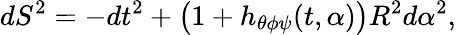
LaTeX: dS^{2}=-dt^{2}+\bigl(1+h_{\theta\phi\psi}(t,\alpha)\bigr)R^{2}d\alpha^{2},